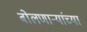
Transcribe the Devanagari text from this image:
बोलणाऱ्यांच्या